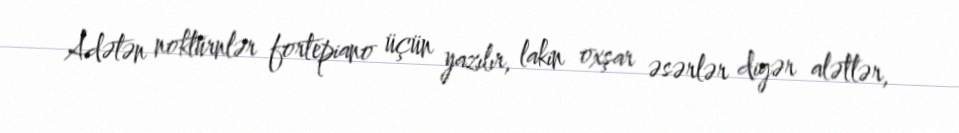
Adətən noktürnlər fortepiano üçün yazılır, lakin oxşar əsərlər digər alətlər,